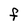
Character: F